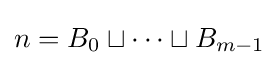
n=B_{0}\sqcup \cdots \sqcup B_{m-1}